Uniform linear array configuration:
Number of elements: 12
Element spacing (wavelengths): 0.5
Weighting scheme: uniform
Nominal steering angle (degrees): -60
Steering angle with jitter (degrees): -60.213
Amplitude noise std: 0.05
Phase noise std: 0.05

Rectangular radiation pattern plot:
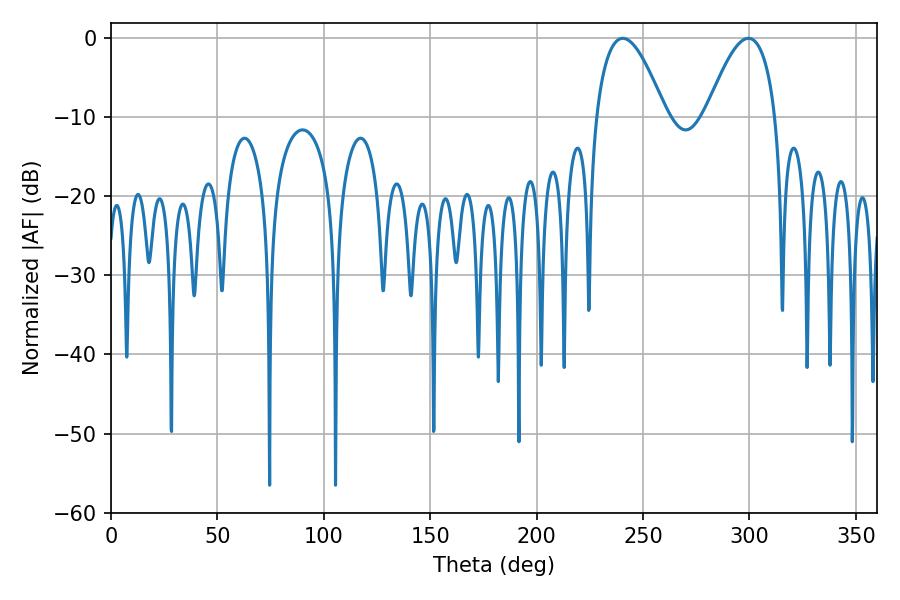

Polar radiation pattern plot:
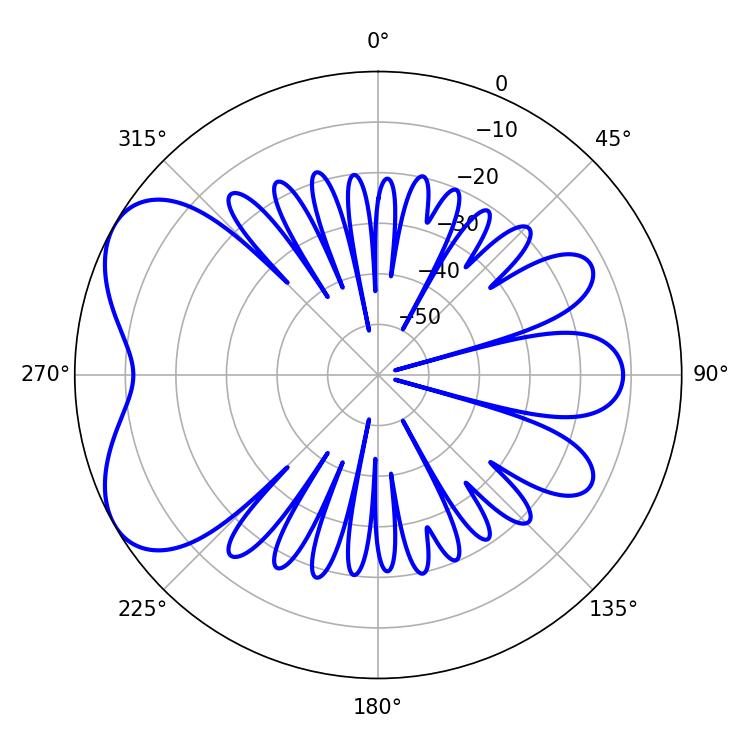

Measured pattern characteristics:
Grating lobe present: FALSE
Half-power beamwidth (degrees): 18
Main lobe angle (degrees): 299.52